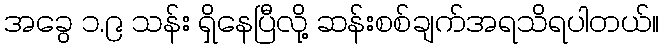
အခွေ ၁.၉ သန်း ရှိနေပြီလို့ ဆန်းစစ်ချက်အရသိရပါတယ်။